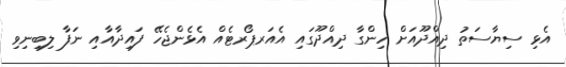
އެޅި ސިޔާސަތު ދިއްދޫއަށް ހިންގާ ދިއްދޫގައި އެއަރޕޯރޓެއް އެޅެންޖެހޭ ފައިދާއާއި ނަފާ ލިބިނިވި